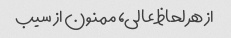
از هر لحاظ عالی، ممنون از سیب